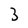
Character: 3